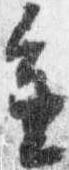
進